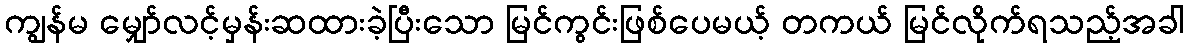
ကျွန်မ မျှော်လင့်မှန်းဆထားခဲ့ပြီးသော မြင်ကွင်းဖြစ်ပေမယ့် တကယ် မြင်လိုက်ရသည့်အခါ